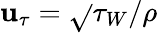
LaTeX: \mathbf{u}_{\tau}=\sqrt{}{{\tau_{W}/\rho}}